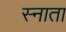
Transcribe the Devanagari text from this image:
स्नाता